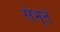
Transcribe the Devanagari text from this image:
संभृतं